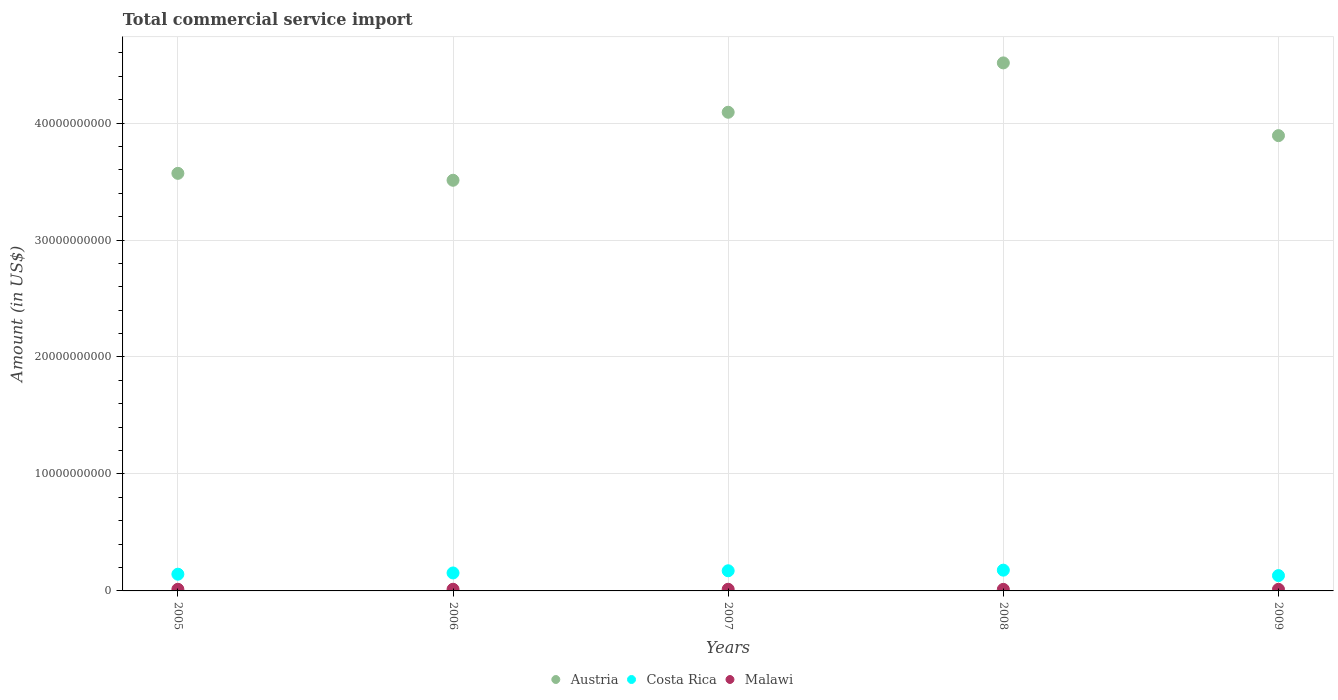
| Years | Austria | Costa Rica | Malawi |
 | --- | --- | --- | --- |
 | 2005 | 3.57e+10 | 1.43e+09 | 1.4e+08 |
 | 2006 | 3.51e+10 | 1.54e+09 | 1.42e+08 |
 | 2007 | 4.09e+10 | 1.72e+09 | 1.41e+08 |
 | 2008 | 4.51e+10 | 1.78e+09 | 1.33e+08 |
 | 2009 | 3.89e+10 | 1.31e+09 | 1.36e+08 |